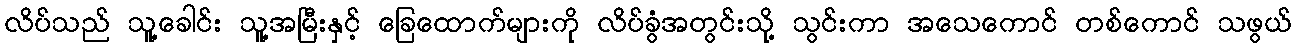
လိပ်သည် သူ့ခေါင်း သူ့အမြီးနှင့် ခြေထောက်များကို လိပ်ခွံအတွင်းသို့ သွင်းကာ အသေကောင် တစ်ကောင် သဖွယ်